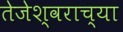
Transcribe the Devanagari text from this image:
तेजेश्वराच्या